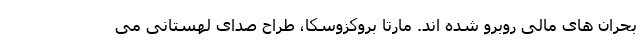
بحران هاى مالى روبرو شده اند. مارتا بروكزوسكا، طراح صداى لهستانى مى